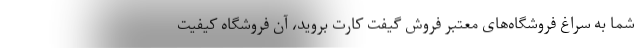
شما به سراغ فروشگاه‌‌های معتبر فروش گیفت کارت بروید، آن فروشگاه کیفیت